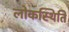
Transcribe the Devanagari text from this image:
लोकस्थिति